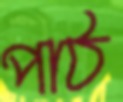
পাঠ